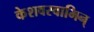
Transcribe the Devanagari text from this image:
केशवस्वामिन्